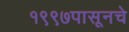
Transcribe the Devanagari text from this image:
१९९७पासूनचे